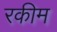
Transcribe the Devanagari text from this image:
रकीम